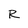
Character: R